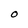
Character: O